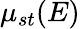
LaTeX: \mu_{st}(E)